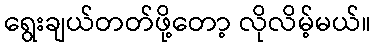
ရွေးချယ်တတ်ဖို့တော့ လိုလိမ့်မယ်။